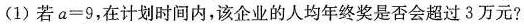
(1)若a=9，在计划时间内，该企业的人均年终奖是否会超过3万元?